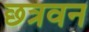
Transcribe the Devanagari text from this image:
छत्रवन